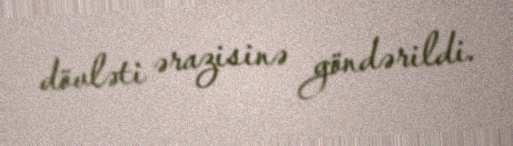
dövləti ərazisinə göndərildi.